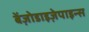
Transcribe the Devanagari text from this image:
बेंज़ोडाइज़ेपाइन्स